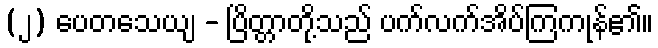
(၂) ပေတသေယျ - ပြိတ္တာတို့သည် ပက်လက်အိပ်ကြကုန်၏။